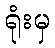
ရုံးမှ